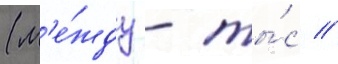
(м'е́жду - ты́с //